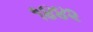
૧૪૪૨